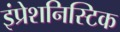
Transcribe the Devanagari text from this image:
इंप्रेशनिस्टिक